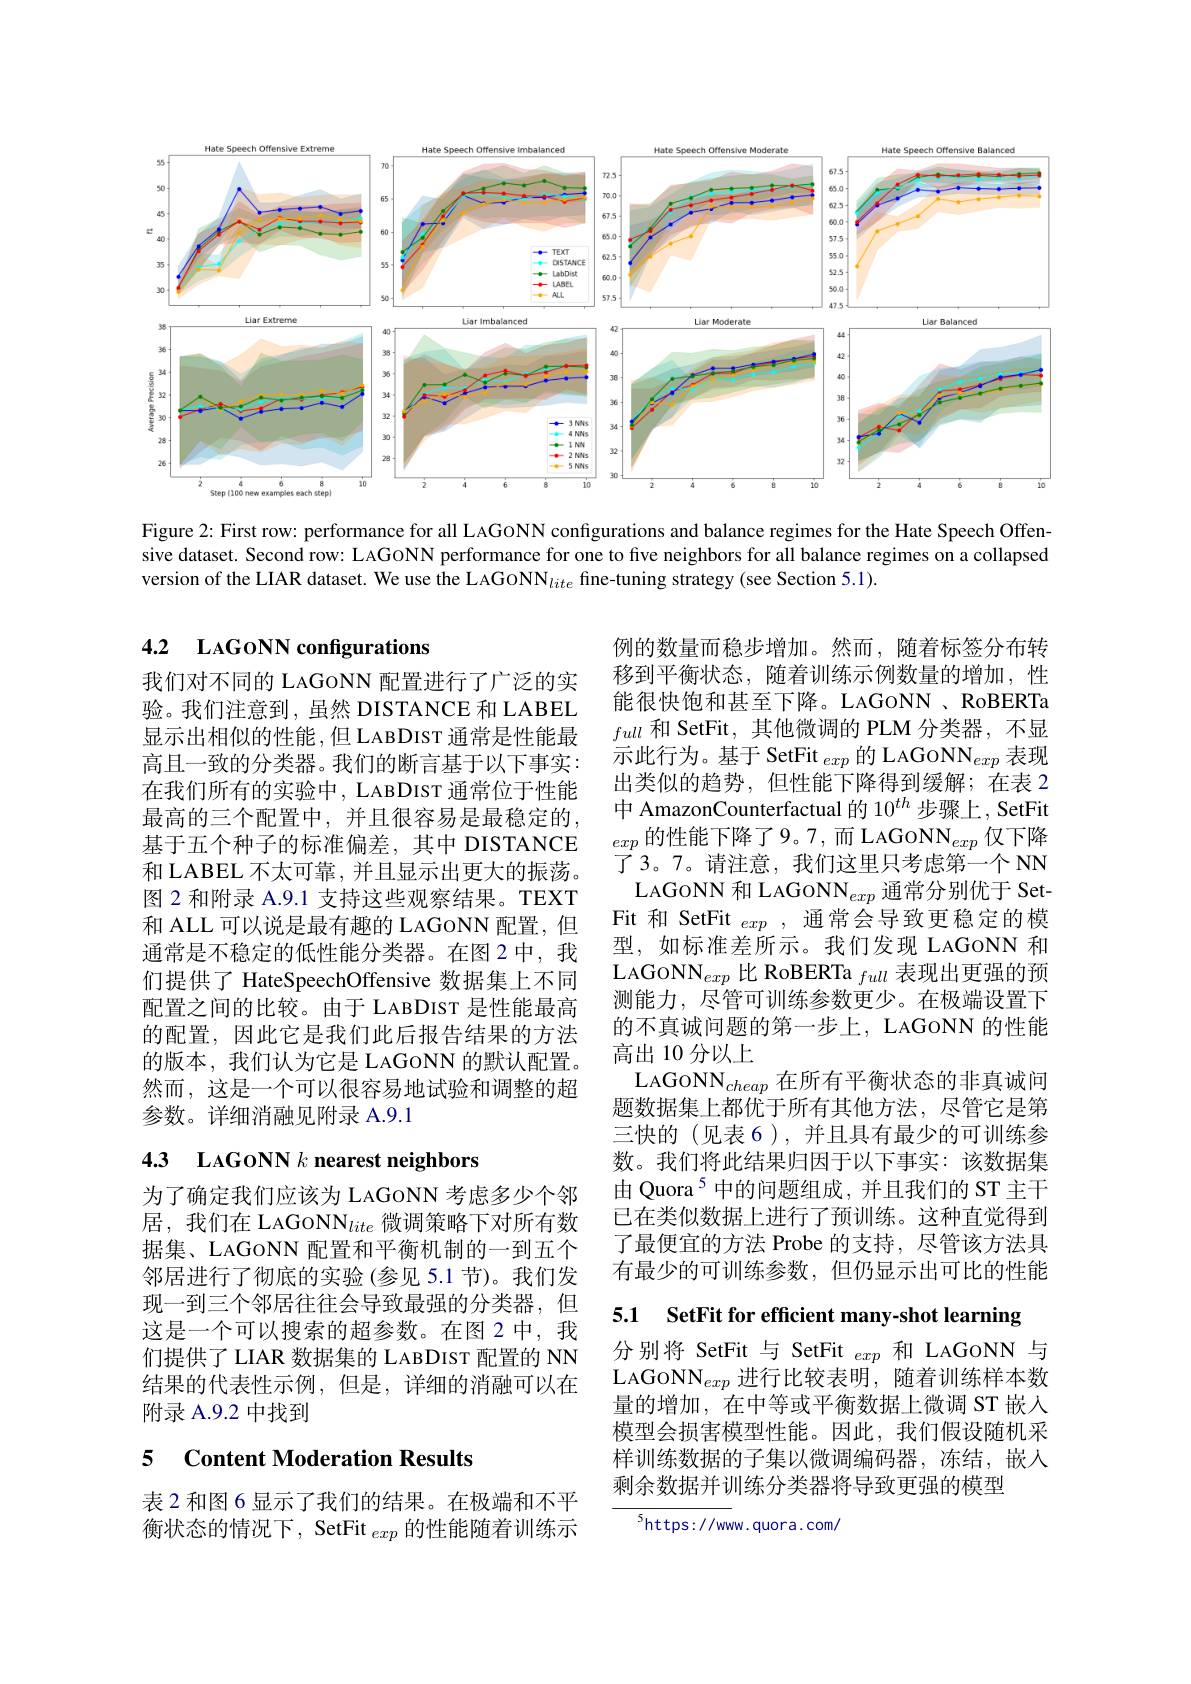
<FigureHere>

Figure 2: First row: performance for all LAGONN configurations and balance regimes for the Hate Speech Offensive dataset. Second row: LAGoNN performance for one to five neighbors for all balance regimes on a collapsed version of the LIAR dataset. We use the LAGONN$_lite$ fine-tuning strategy(see Section 5.1).

## 4.2 LAGONN configurations

我们对不同的 LAGONN 配置进行了广泛的实验。我们注意到，虽然 DISTANCE 和 LABEL 显示出相似的性能，但 LABDIST 通常是性能最高且一致的分类器。我们的断言基于以下事实： 在我们所有的实验中，LABDIST 通常位于性能最高的三个配置中，并且很容易是最稳定的， 基于五个种子的标准偏差，其中 DISTANCE 和 LABEL 不太可靠，并且显示出更大的振荡。图 2 和附录 A.9.1 支持这些观察结果。TEXT 和 ALL 可以说是最有趣的 LAGONN 配置，但通常是不稳定的低性能分类器。在图 2中，我们提供了 HateSpeechOffensive 数据集上不同配置之间的比较。由于 LABDIST 是性能最高的配置，因此它是我们此后报告结果的方法的版本，我们认为它是 LAGONN 的默认配置。然而，这是一个可以很容易地试验和调整的超参数。详细消融见附录 A.9.1

例的数量而稳步增加。然而，随着标签分布转移到平衡状态，随着训练示例数量的增加，性能很快饱和甚至下降。LAGONN、RoBERTa $_{full}$和 SetFit,其他微调的 PLM 分类器，不显示此行为。基于 SetFit $_{exp}$的 LAGONN$_{exp}$表现出类似的趋势，但性能下降得到缓解；在表 2中 AmazonCounterfactual 的 10$^{th}$步骤上，SetFit $exp\text{ 的性能下降了9。7,而 LAGONN}_{exp}$仅下降了 3。7。请注意，我们这里只考虑第一个 NN LAGONN 和 LAGONN$_exp$通常分别优于 Set-
Fit 和 SetFit $_{exp}$,通常会导致更稳定的模型，如标准差所示。我们发现 LAGONN 和LAGONN$_exp\text{ 比 RoBERTa }_{full}$表现出更强的预测能力，尽管可训练参数更少。在极端设置下的不真诚问题的第一步上，LAGONN 的性能高出 10 分以上
LAGONN$_{cheap}$在所有平衡状态的非真诚问题数据集上都优于所有其他方法，尽管它是第三快的(见表6),并且具有最少的可训练参数。我们将此结果归因于以下事实：该数据集由 Quora$^{5}$中的问题组成，并且我们的 ST 主干已在类似数据上进行了预训练。这种直觉得到了最便宜的方法 Probe 的支持，尽管该方法具有最少的可训练参数，但仍显示出可比的性能

# 43 LAGONN $k$ nearest neighbors

为了确定我们应该为 LAGONN 考虑多少个邻居，我们在 LAGONN$_{lite}$微调策略下对所有数据集、LAGONN 配置和平衡机制的一到五个邻居进行了彻底的实验(参见 5.1 节)。我们发现一到三个邻居往往会导致最强的分类器，但这是一个可以搜索的超参数。在图 2 中，我们提供了 LIAR 数据集的 LABDIST 配置的 NN 结果的代表性示例，但是，详细的消融可以在附录 A.9.2 中找到

5.1 SetFit for efficient many-shot learning

分别将 SetFit 与 SetFit $_{exp}$和 LAGONN 与LAGONN$_{exp}$进行比较表明，随着训练样本数量的增加，在中等或平衡数据上微调 ST 嵌入模型会损害模型性能。因此，我们假设随机采样训练数据的子集以微调编码器，冻结，嵌人剩余数据并训练分类器将导致更强的模型

### 5 $\textbf{Content Moderation Results}$

表 2 和图 6 显示了我们的结果。在极端和不平衡状态的情况下，SetFit $_exp$的性能随着训练示

$^5https://www.quora.com/$